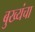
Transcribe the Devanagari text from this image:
बुख्यंचा